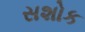
સશોક